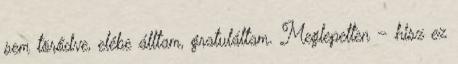
sem törődve, elébe álltam, gratuláltam. Meglepetten – hisz ez